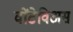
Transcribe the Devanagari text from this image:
वोंटेविअस